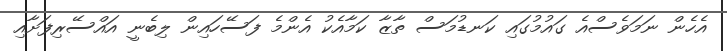
އެހެން ނަމަވެސްއެ ގައުމުގައި ކަނޑުމަސް ތާޒާ ކަމާއެކު އެންމެ ފަސޭހައިން ލިބެނީ އައްސޭރިފަށާއި